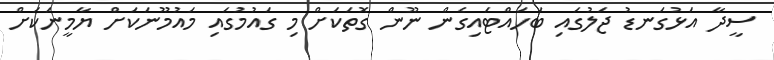
ސީދާ އަޅުގަނޑު ޖަލުގައި ބަހައްޓައިގެން ނޫން ގޮތަކަށް މި ގައުމުގައި މައުމޫނަކަށް ޔާމީނަކަށް